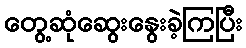
တွေ့ဆုံဆွေးနွေးခဲ့ကြပြီး